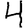
Digit: 4